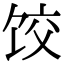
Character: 饺